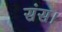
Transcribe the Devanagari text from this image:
संस।